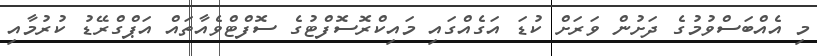
މި އެއްބަސްވުމުގެ ދަށުން ވަރަށް ކުޑަ އަގެއްގައި މައިކްރޮސޮފްޓުގެ ސޮފްޓްވެއާތައް އަޕްގްރޭޑު ކުރުމާއި